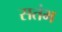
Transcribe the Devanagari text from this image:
सतंभ